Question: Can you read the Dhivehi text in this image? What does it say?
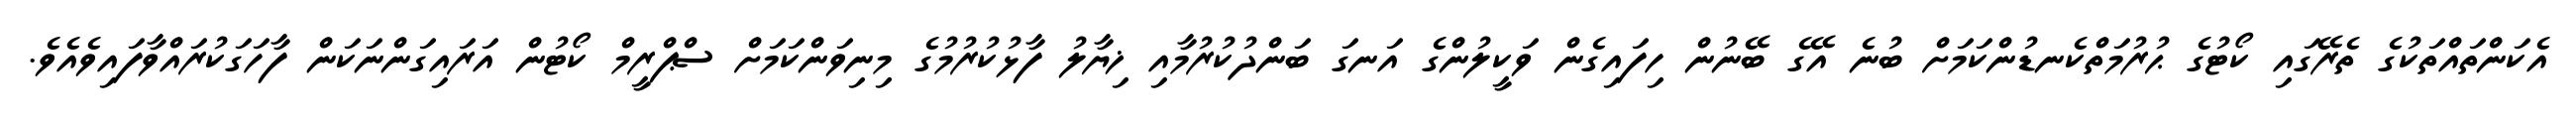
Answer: އެކަންތައްތަކުގެ ތެރޭގައި ކޯޓުގެ ޙުރުމަތްކެނޑުންކަމަށް ބުނެ އޭގެ ބޭނުން ހިފައިގެން ވަކީލުންގެ އަނގަ ބަންދުކުރުމާއި ޚިޔާލު ފާޅުކުރުމުގެ މިނިވަންކަމަށް ސްޕްރީމް ކޯޓުން އަރައިގަންނަކަން ފާހަގަކުރައްވާފައިވެއެވެ.